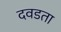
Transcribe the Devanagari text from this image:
दवडता